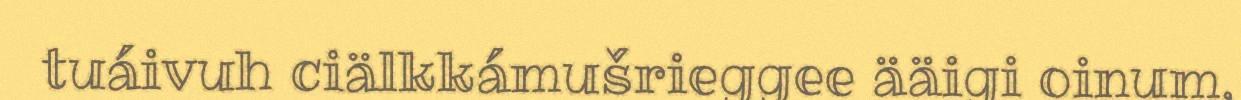
tuáivuh ciälkkámušrieggee ääigi oinum,